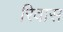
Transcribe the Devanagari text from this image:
रिवास